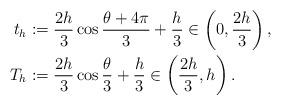
LaTeX: \begin{align*}t_h & :=\frac{2h}{3}\cos\frac{\theta+4\pi}{3}+\frac{h}{3}\in\left( 0,\frac{2h}{3}\right) , \\ T_h & :=\frac{2h}{3}\cos\frac{\theta}{3}+\frac{h}{3}\in\left( \frac{2h}{3},h\right).\end{align*}